Vaccination in Burma 1912-1922 - 1912-1922
Year: 1912
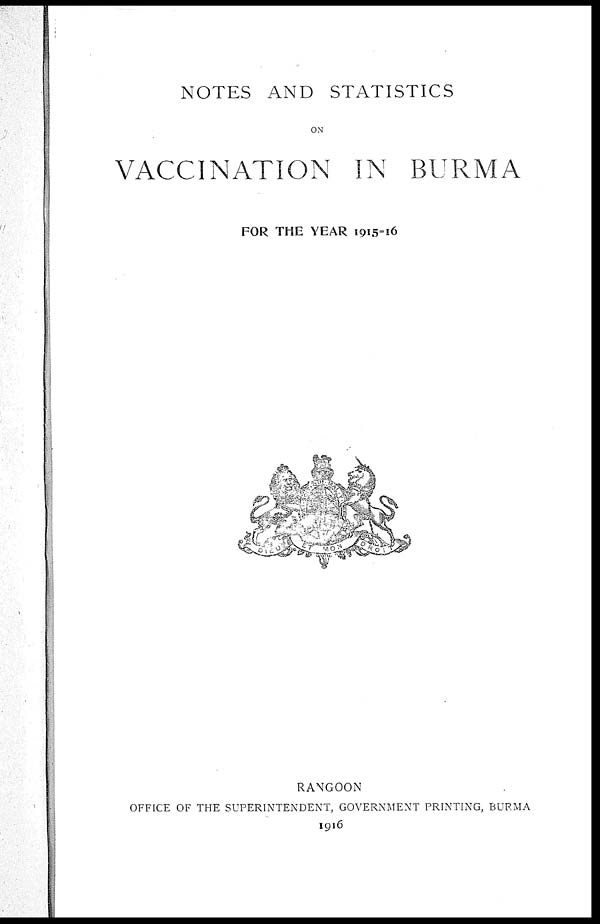
NOTES AND STATISTICS
ON
VACCINATION IN BURMA
FOR THE YEAR 1915=16
RANGOON
OFFICE OF THE SUPERINTENDENT, GOVERNMENT PRINTING, BURMA
1916